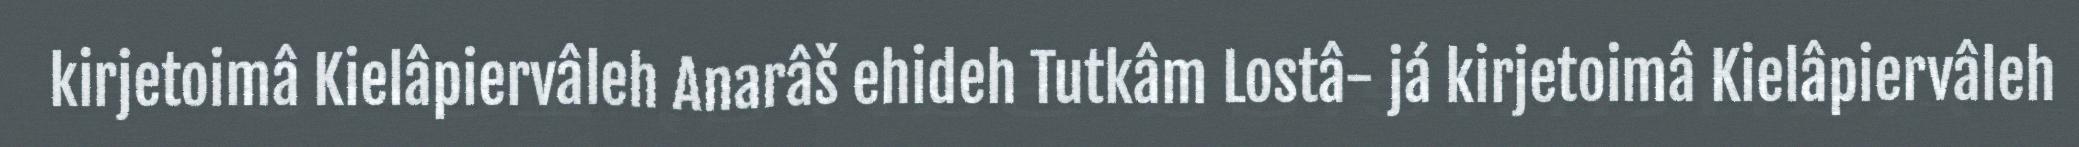
kirjetoimâ Kielâpiervâleh Anarâš ehideh Tutkâm Lostâ- já kirjetoimâ Kielâpiervâleh